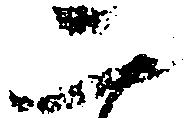
二